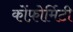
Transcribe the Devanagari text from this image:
कोंफ़ोर्मिटी